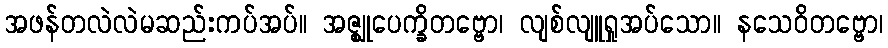
အဖန်တလဲလဲမဆည်းကပ်အပ်။ အဇ္ဈုပေက္ခိတဗ္ဗော၊ လျစ်လျူရှုအပ်သော။ နသေဝိတဗ္ဗော၊